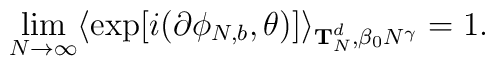
\lim_{N \rightarrow \infty } \langle \exp [i(\partial \phi_{N,b} ,\theta )]\rangle_{{\bf T}_{N}^{d},\beta_{0} N^{\gamma }} = 1.